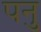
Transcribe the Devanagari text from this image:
पनु